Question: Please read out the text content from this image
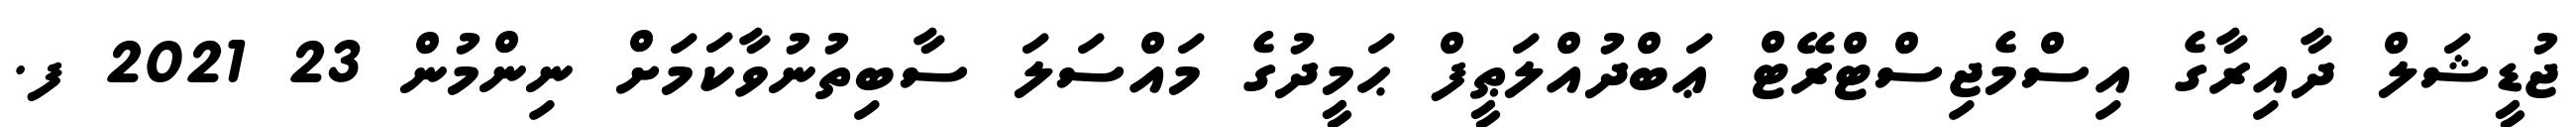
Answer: ޖުޑީޝަލް ދާއިރާގެ އިސްމެޖިސްޓްރޭޓް ޢަބްދުއްލަޠީފް ޙަމީދުގެ މައްސަލަ ސާބިތުނުވާކަމަށް ނިންމުން 23 2021 ފ.